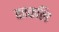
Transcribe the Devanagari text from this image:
काकलि